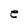
Character: e